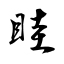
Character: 眭